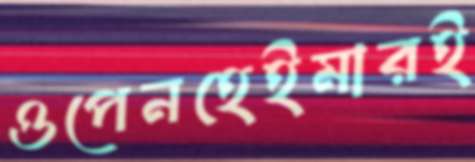
ওপেনহেইমারই